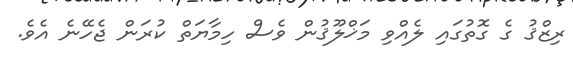
ރިޒްޤު ގެ ގޮތުގައި ލެެއްވި މަޚްލޫޤުން ވެސް ހިމާޔަތް ކުރަން ޖެހޭނެ އެވެ.